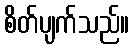
စိတ်ပျက်သည်။